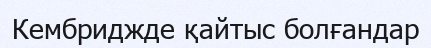
Кембриджде қайтыс болғандар